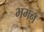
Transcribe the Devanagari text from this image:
भमन